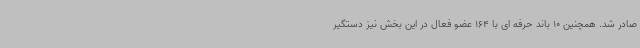
صادر شد. همچنین 10 باند حرفه ای با 164 عضو فعال در این بخش نیز دستگیر